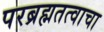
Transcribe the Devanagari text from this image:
परब्रह्मतत्वाचा